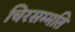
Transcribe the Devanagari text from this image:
चिरसम्मति